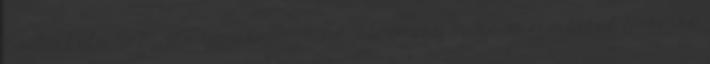
Szakiskola SzMSz-e tartalmazza az intézmény működésére, belső és külső